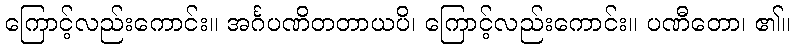
ကြောင့်လည်းကောင်း။ အင်္ဂပဏိတတာယပိ၊ ကြောင့်လည်းကောင်း။ ပဏီတော၊ ၏။